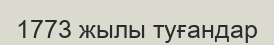
1773 жылы туғандар